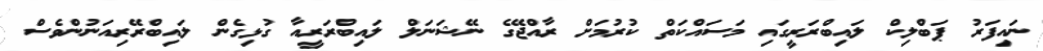
ނައިފަރު ޕަބްލިކް ލައިބްރަރީގައި މަސައްކަތް ކުރުމަށް ރާއްޖޭގެ ނޭޝަނަލް ލައިބްރަރީއާ ގުޅިގެން ލައިބްރޭރިއަނުންވެސް